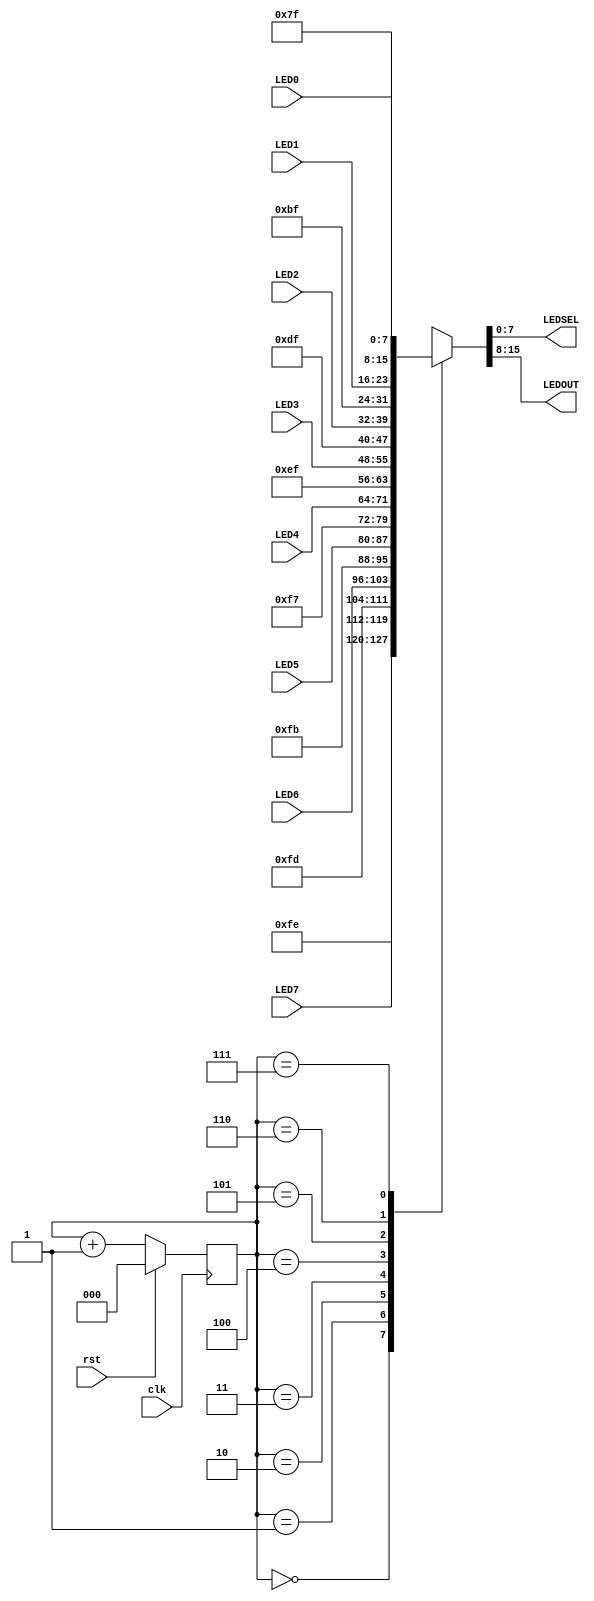
`timescale 1ns / 1ps
//////////////////////////////////////////////////////////////////////////////////
// Company: 
// Engineer: 
// 
// Design Name: 
// Module Name: led_mux
// Project Name: 
// Target Devices: 
// Tool Versions: 
// Description: 
// 
// Dependencies: 
// 
// Revision:
// Revision 0.01 - File Created
// Additional Comments:
// 
//////////////////////////////////////////////////////////////////////////////////


module led_mux (
	input wire clk,
	input wire rst,
	input wire [7:0] LED0, // leftmost digit
	input wire [7:0] LED1,
	input wire [7:0] LED2,
	input wire [7:0] LED3,
	input wire [7:0] LED4,
	input wire [7:0] LED5,
	input wire [7:0] LED6,
	input wire [7:0] LED7, // rightmost digit
	output wire [7:0] LEDSEL,
	output wire [7:0] LEDOUT);
	reg [2:0] index;
	reg [15:0] led_ctrl;
	assign {LEDOUT, LEDSEL} = led_ctrl;
	always@(posedge clk)
	begin
		index <= (rst) ? 3'd0 : (index + 3'd1);
	end
	always @(index, LED0, LED1, LED2, LED3, LED4, LED5, LED6,LED7)
	begin
		case(index)
			3'd0: led_ctrl <= {8'b11111110, LED7};
			3'd1: led_ctrl <= {8'b11111101, LED6};
			3'd2: led_ctrl <= {8'b11111011, LED5};
			3'd3: led_ctrl <= {8'b11110111, LED4};
			3'd4: led_ctrl <= {8'b11101111, LED3};
			3'd5: led_ctrl <= {8'b11011111, LED2};
			3'd6: led_ctrl <= {8'b10111111, LED1};
			3'd7: led_ctrl <= {8'b01111111, LED0};
		default: led_ctrl <= {8'b11111111, 8'hFF};
		endcase
	end
endmodule